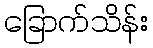
ခြောက်သိန်း